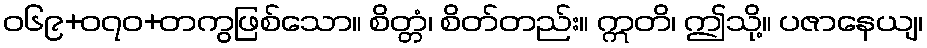
ဝ၆၉+၀၇ဝ+တကွဖြစ်သော။ စိတ္တံ၊ စိတ်တည်း။ ဣတိ၊ ဤသို့။ ပဇာနေယျ၊